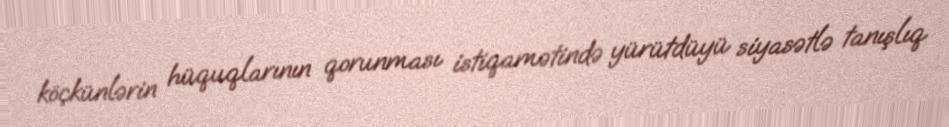
köçkünlərin hüquqlarının qorunması istiqamətində yürütdüyü siyasətlə tanışlıq